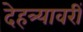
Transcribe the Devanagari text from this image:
देहत्र्यावरीं